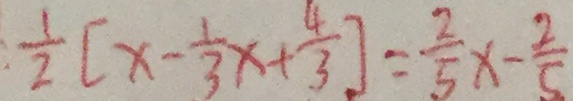
\frac { 1 } { 2 } [ x - \frac { 1 } { 3 } x + \frac { 4 } { 3 } ] = \frac { 2 } { 5 } x - \frac { 2 } { 5 }